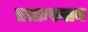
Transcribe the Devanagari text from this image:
प्रातःस्नान